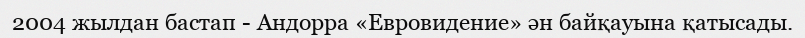
2004 жылдан бастап - Андорра «Евровидение» ән байқауына қатысады.